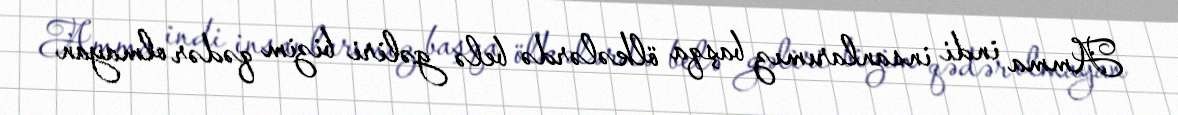
Amma indi insanlarımız başqa ölkələrdə belə gəliri bizim qədər olmayan